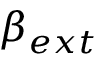
\beta _ { e x t }